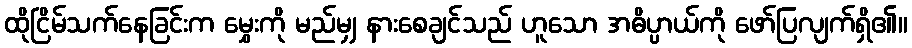
ထိုငြိမ်သက်နေခြင်းက မွှေးကို မည်မျှ နားစေချင်သည် ဟူသော အဓိပ္ပာယ်ကို ဖော်ပြလျက်ရှိ၏။